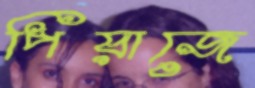
পিয়াজে